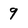
Character: 9